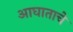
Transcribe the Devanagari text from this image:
आघाताचे